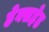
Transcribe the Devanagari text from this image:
हेक्सहेड